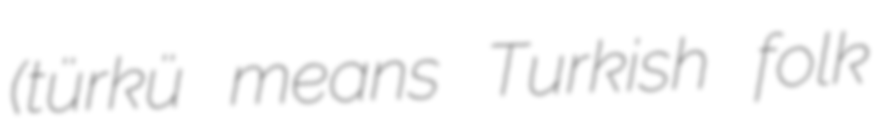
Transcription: (türkü means Turkish folk